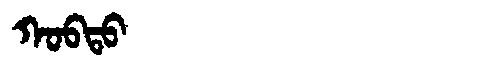
Manchu: ᡴᠣᠪᡨᠣ
Romanization: KOBTO